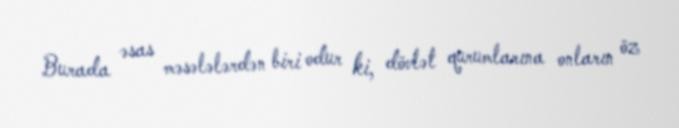
Burada əsas məsələlərdən biri odur ki, dövlət qurumlarına onların öz